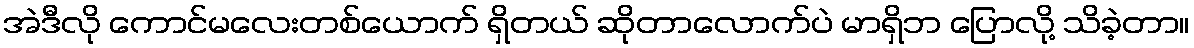
အဲဒီလို ကောင်မလေးတစ်ယောက် ရှိတယ် ဆိုတာလောက်ပဲ မာရှိဘ ပြောလို့ သိခဲ့တာ။